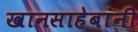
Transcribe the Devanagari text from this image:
खानसाहेबांनी